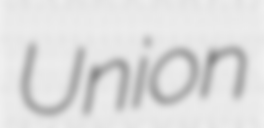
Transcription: Union